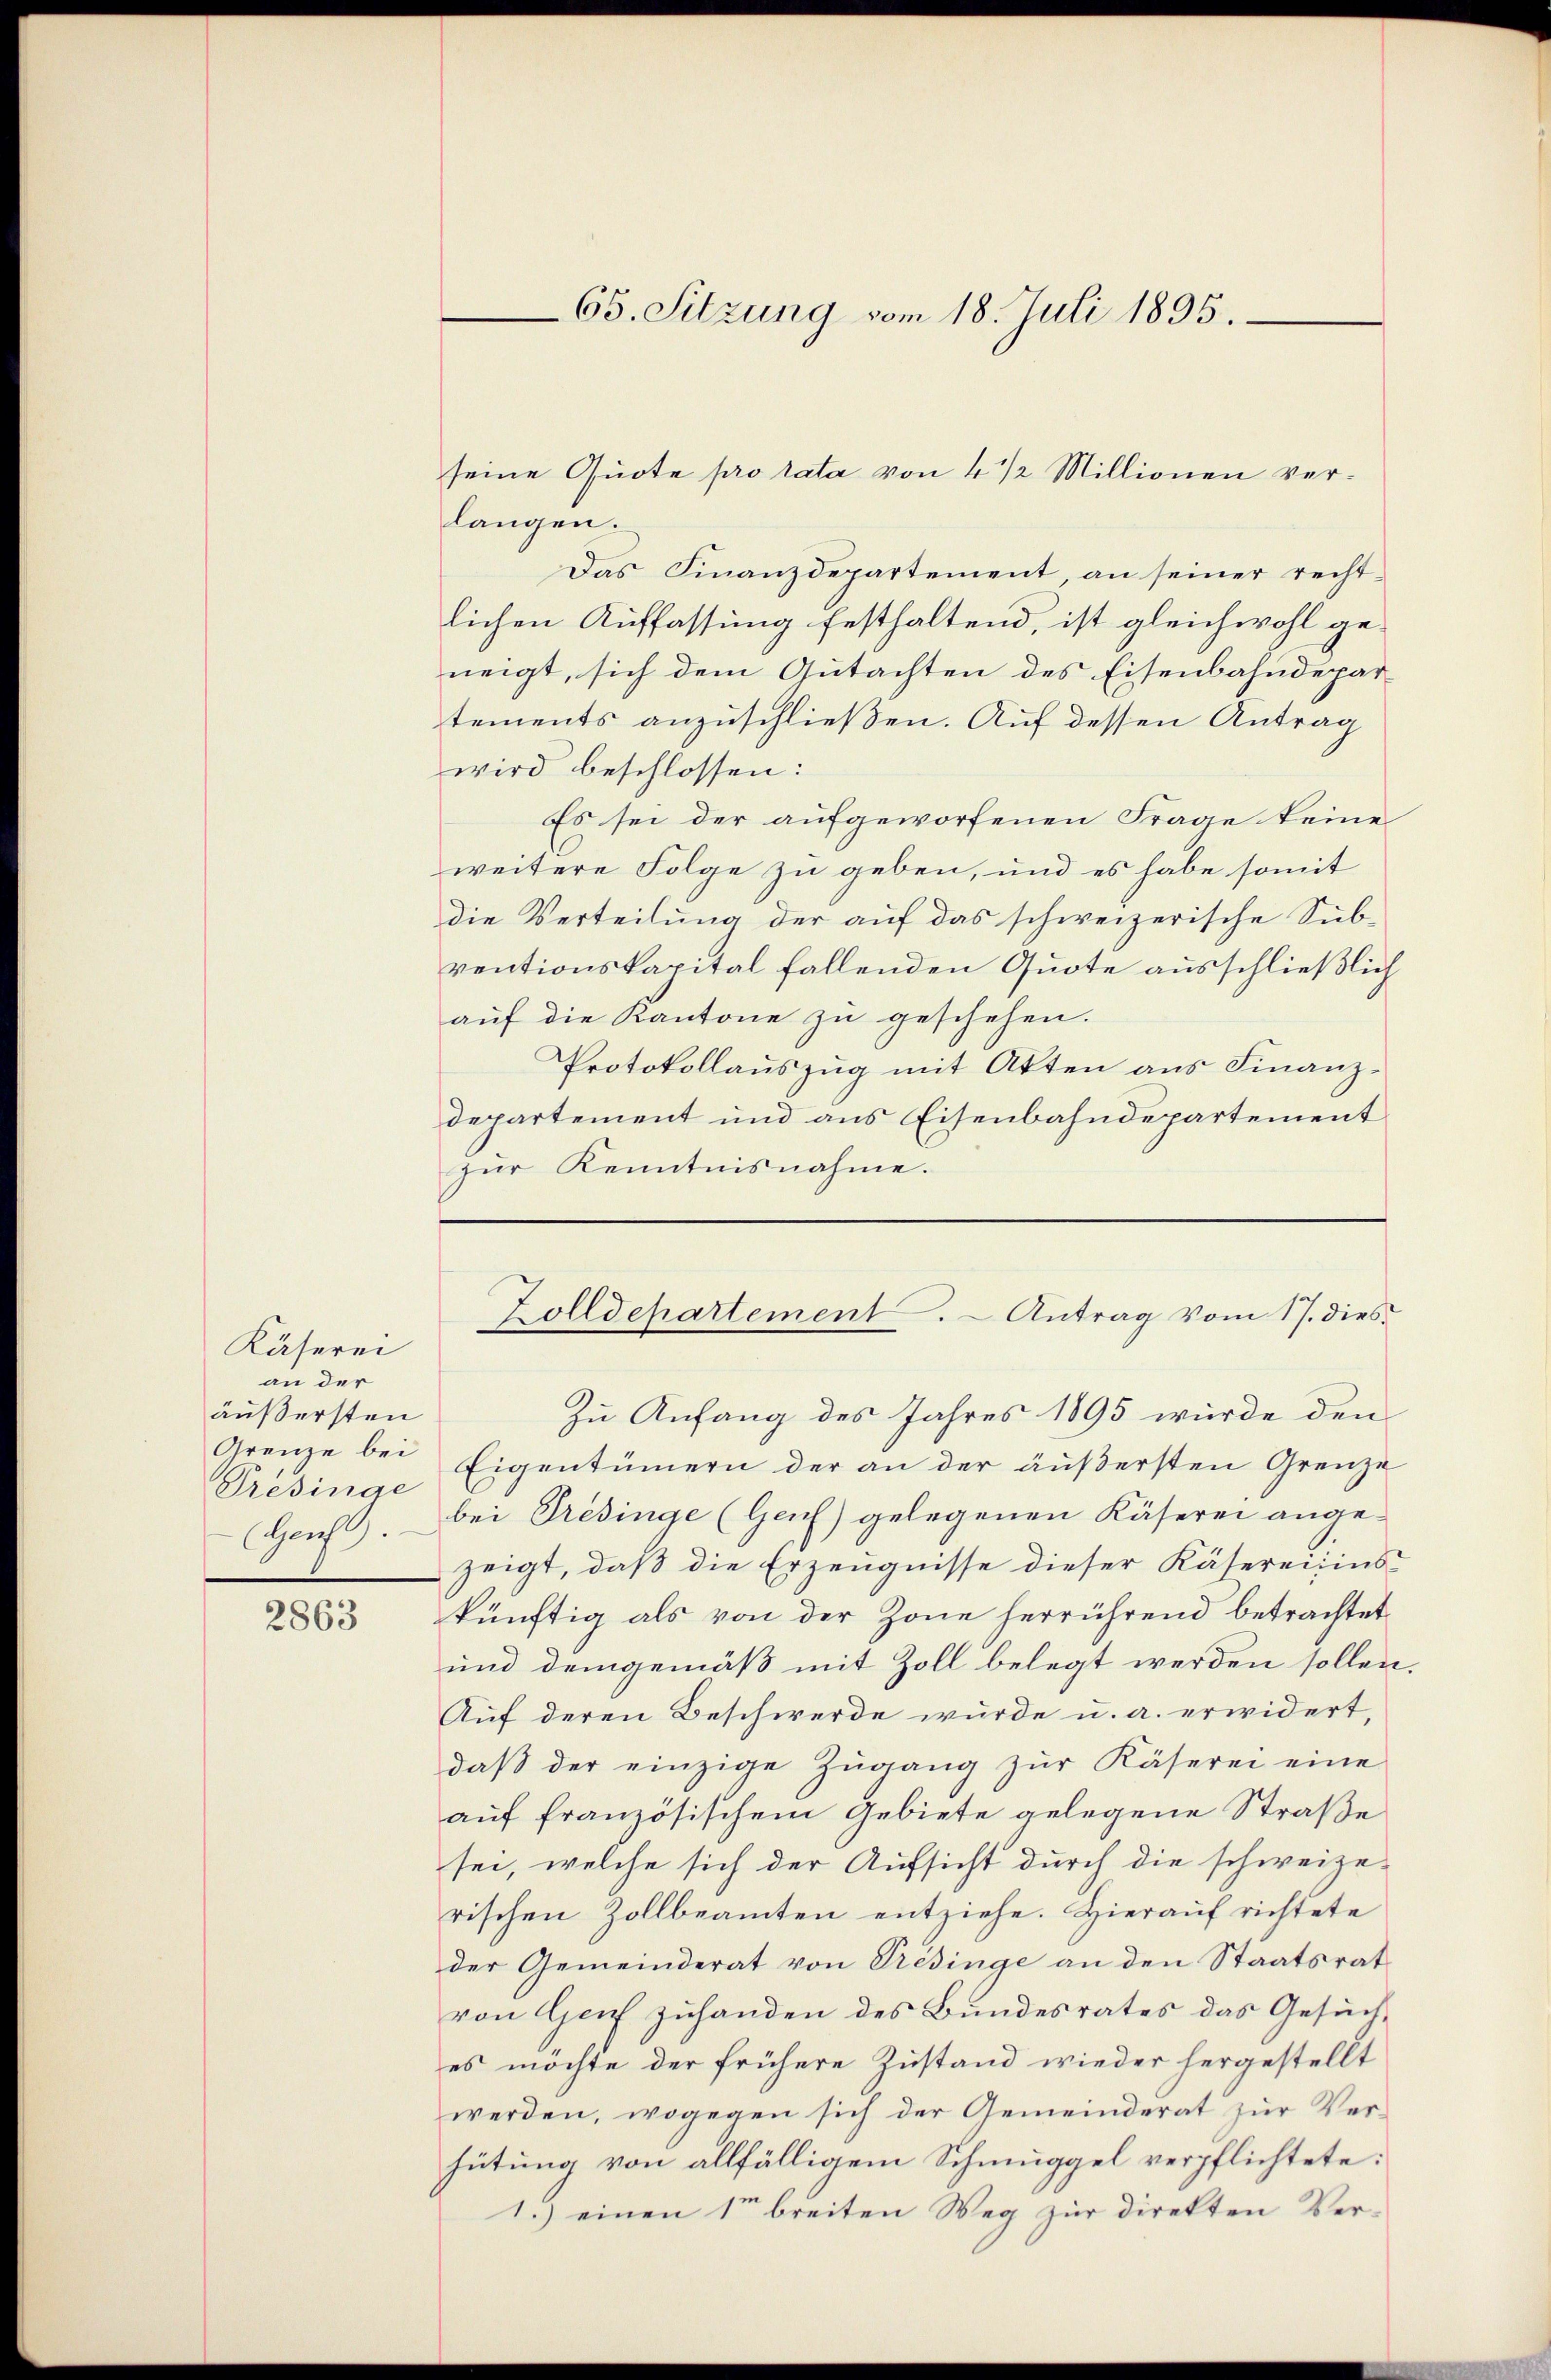
Käserei
an der
äußersten
Grenze bei
Presinge
Genf.

2863

65. Sitzung vom 18. Juli 1895.

langen.
Das Finanzdepartement, an seiner recht-
lichen Auffassung festhaltend, ist gleichwohl geneigt, sich dem Gutachten des Eisenbahndepar
tements anzuschließen. Auf dessen Antrag
wird beschlossen:
Es sei der aufgeworfenen Frage keine
weitere Folge zu geben, und es habe somit
die Verteilung der auf das schweizerische Sub-
ventionskapital fallenden Quote ausschließlich
aŭf die Kantone zu geschehen.
Protokollauszug mit Akten aus Finanzdepartement und aus Eisenbahndepartement
zŭr Kenntnisnahme.

seine Quote pro rata von 4 1/2 Millionen ver¬

Zolldepartement. - Antrag vom 17. dies

Zu Anfang des Jahres 1895 wurde den
Eigentümern der an der äußersten Grenze
bei Présinge (Genf) gelegenen Käserei ange-
zeigt, daß die Erzeugnisse dieser Käsereisins-
künftig als von der Zone herrührend betrachtet,
und demgemäß mit Zoll belegt werden sollen.
Auf deren Beschwerde wurde u. a. erwidert,
daβ der einzige Zŭgang zŭr Käserei eine
auf französischem Gebiete gelegene Straße
sei, welche sich der Aufsicht durch die schweizerischen Zollbeamten entziehe. Hierauf richtete
der Gemeinderat von Predinge an den Staatsrat
von Genf zuhanden des Bundesrates das Gesuch,
es möchte der frühere Zustand wieder hergestellt
werden, wogegen sich der Gemeinderat zur Verhütung von allfälligem Schmuggel verpflichtete:
1.) einen 1te breiten Weg zur direkten Ver¬